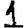
Digit: 1